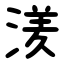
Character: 湵